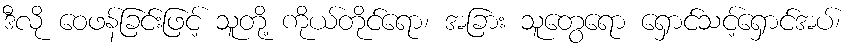
ဒီလို ဝေဖန်ခြင်းဖြင့် သူတို့ ကိုယ်တိုင်ရော၊ အခြား သူတွေရော ရှောင်သင့်ရှောင်အပ်၊